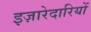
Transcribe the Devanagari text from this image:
इज़ारेदारियों